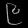
Digit: ၉